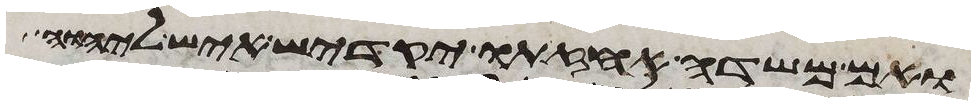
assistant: ואם משדה אחזתו יקדיש איש ליהוה